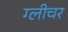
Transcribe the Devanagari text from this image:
ग्लीचर